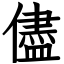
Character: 儘